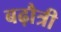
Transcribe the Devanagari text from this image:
बढ़ौत्री